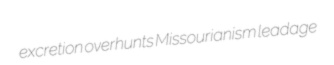
excretion overhunts Missourianism leadage